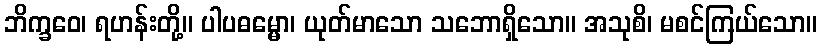
ဘိက္ခဝေ၊ ရဟန်းတို့။ ပါပဓမ္မော၊ ယုတ်မာသော သဘောရှိသော။ အသုစိ၊ မစင်ကြယ်သော။